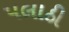
પલાઠી